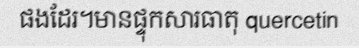
ផងដែរ។មានផ្ទុកសារធាតុ quercetin